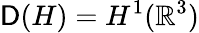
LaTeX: \mathsf{D}(H)=H^{1}(\mathbb{{R}}^{3})